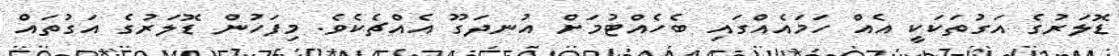
ޑޮލަރުގެ އަގުތަކަކީ އެއް ހަމައެއްގައި ބެހެއްޓުމަށް އުނދަގޫ އެއްޗެކެވެ. މިފަހުން ޑޮލަރުގެ އަގުތައް